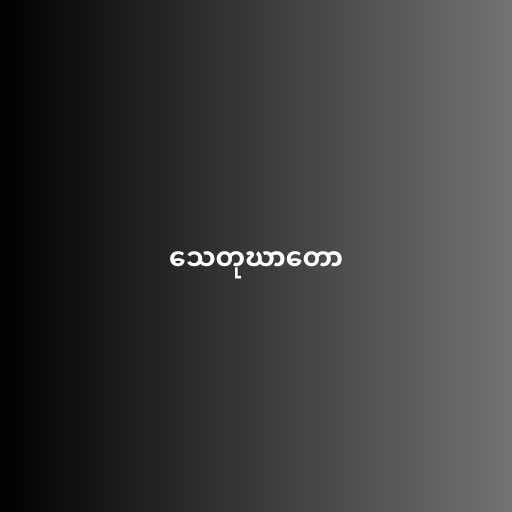
သေတုဃာတော